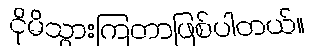
ငိုမိသွားကြတာဖြစ်ပါတယ်။